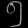
Digit: ၅